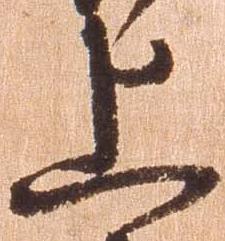
上